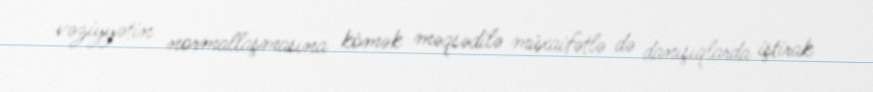
vəziyyətin normallaşmasına kömək məqsədilə müxaifətlə də danışıqlarda iştirak